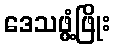
ဒေသဖွံ့ဖြိုး